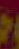
حر